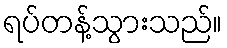
ရပ်တန့်သွားသည်။